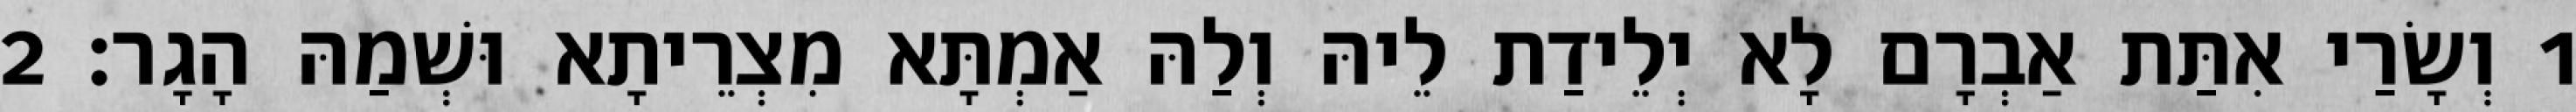
1 וְשָׂרַי אִתַּת אַבְרָם לָא יְלֵידַת לֵיהּ וְלַהּ אַמְתָּא מִצְרֵיתָא וּשְׁמַהּ הָגָר׃ 2